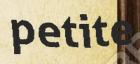
petite